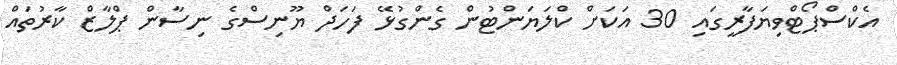
އެކްސްޕޯޓްވިޔަފާރީގައި 30 އަކަށް ކްލަޔަންޓުން ގެންގުޅޭ ފަހަދް ޔޫނިސްގެ ނިސާން ޕްލާޒް ކާރުތައް